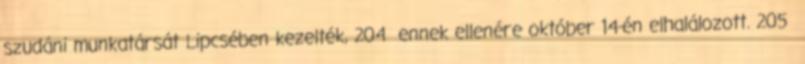
szudáni munkatársát Lipcsében kezelték, 204 ennek ellenére október 14-én elhalálozott. 205